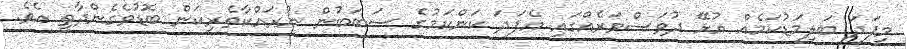
މިފަދަ ބަލިމަޑުކަމެއް އުޅޭ ދުވަސްވަރެއްގައި އެފަދަ ކަންކަމުގެ ސަބަބުން ނުރައްކާތެރިކަން ބޮޑުވެެގެންދާތީ އެވެ.